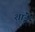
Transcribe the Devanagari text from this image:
शांड्रे